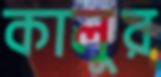
কালুর